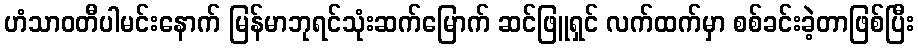
ဟံသာဝတီပါမင်းနောက် မြန်မာဘုရင်သုံးဆက်မြောက် ဆင်ဖြူရှင် လက်ထက်မှာ စစ်ခင်းခဲ့တာဖြစ်ပြီး